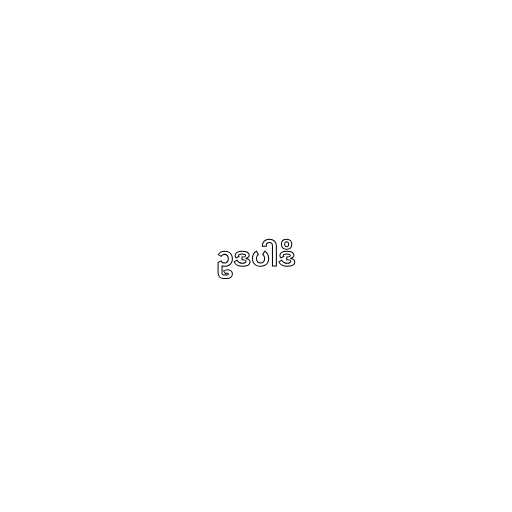
ဥဒပါဒိ